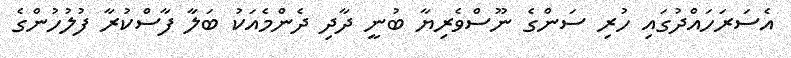
އެސަރަހައްދުގައި ހުރި ސަންގެ ނޫސްވެރިޔާ ބުނީ ދާދި ދެންމެއަކު ބަލާ ފާސްކުރާ ފުލުހުންގެ